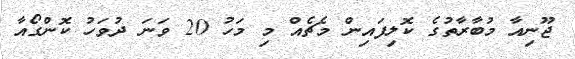
ޖޫނިއާ މުބާރާތުގެ ކޮލިފައިން މެޗެއް މި މަހު 20 ވަނަ ދުވަހު ކޮންގޯއާ